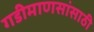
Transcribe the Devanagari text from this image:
गडीमाणसांसाठी